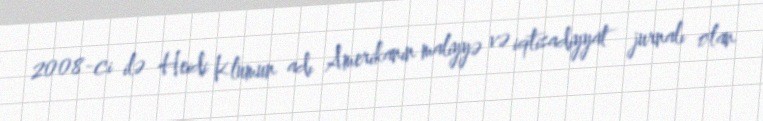
2008-ci ilə Heidi Klumun adı Amerikanın maliyyə və iqtisadiyyat jurnalı olan